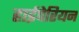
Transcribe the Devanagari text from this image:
हाईपेरियन